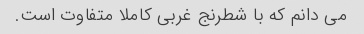
می دانم که با شطرنج غربی کاملا متفاوت است.